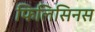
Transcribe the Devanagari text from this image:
फिलिसिनस